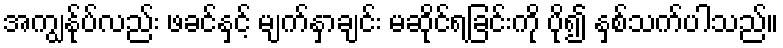
အကျွန်ုပ်လည်း ဖခင်နှင့် မျက်နှာချင်း မဆိုင်ရခြင်းကို ပို၍ နှစ်သက်ပါသည်။